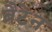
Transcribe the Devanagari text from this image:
ब्रैटेन